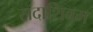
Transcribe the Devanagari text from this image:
सदाशिवम